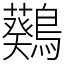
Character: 𪆴